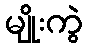
မျိုးကွဲ